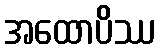
အထောပိဿ